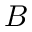
B